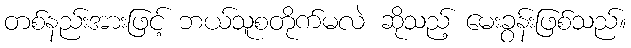
တစ်နည်းအားဖြင့် ဘယ်သူစတိုက်မလဲ ဆိုသည့် မေးခွန်းဖြစ်သည်။